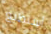
أستطيع